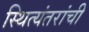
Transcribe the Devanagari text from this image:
स्थित्यंतरांची